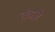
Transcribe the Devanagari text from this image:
तंत्रज्ञे